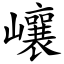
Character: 㠤